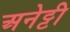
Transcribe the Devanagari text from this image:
अनेट्टी